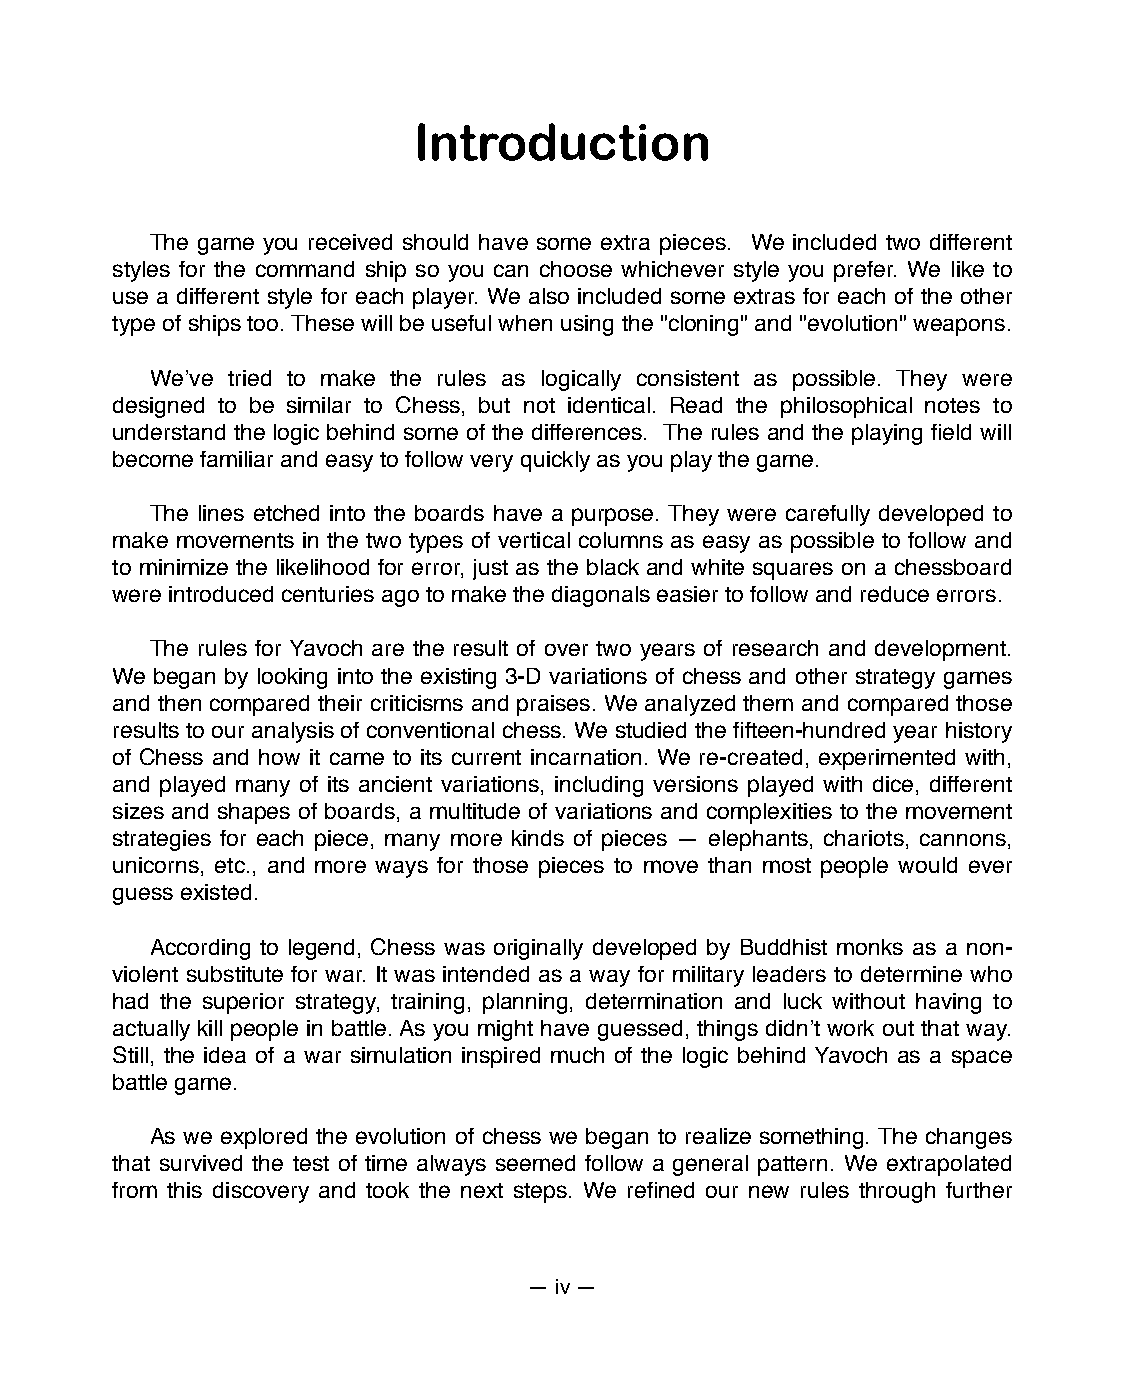
Introduction
 The game you received should have some extra pieces. We included two different
 styles for the command ship so you can choose whichever style you prefer. We like to
 use a different style for each player. We also included some extras for each of the other
 type of ships too. These will be useful when using the "cloning" and "evolution" weapons.
 Weʼve tried to make the rules as logically consistent as possible. They were
 designed to be similar to Chess, but not identical. Read the philosophical notes to
 understand the logic behind some of the differences. The rules and the playing field will
 become familiar and easy to follow very quickly as you play the game.
 The lines etched into the boards have a purpose. They were carefully developed to
 make movements in the two types of vertical columns as easy as possible to follow and
 to minimize the likelihood for error, just as the black and white squares on a chessboard
 were introduced centuries ago to make the diagonals easier to follow and reduce errors.
 The rules for Yavoch are the result of over two years of research and development.
 We began by looking into the existing 3-D variations of chess and other strategy games
 and then compared their criticisms and praises. We analyzed them and compared those
 results to our analysis of conventional chess. We studied the fifteen-hundred year history
 of Chess and how it came to its current incarnation. We re-created, experimented with,
 and played many of its ancient variations, including versions played with dice, different
 sizes and shapes of boards, a multitude of variations and complexities to the movement
 strategies for each piece, many more kinds of pieces — elephants, chariots, cannons,
 unicorns, etc., and more ways for those pieces to move than most people would ever
 guess existed.
 According to legend, Chess was originally developed by Buddhist monks as a non-
 violent substitute for war. It was intended as a way for military leaders to determine who
 had the superior strategy, training, planning, determination and luck without having to
 actually kill people in battle. As you might have guessed, things didnʼt work out that way.
 Still, the idea of a war simulation inspired much of the logic behind Yavoch as a space
 battle game.
 As we explored the evolution of chess we began to realize something. The changes
 that survived the test of time always seemed follow a general pattern. We extrapolated
 from this discovery and took the next steps. We refined our new rules through further
 — iv —